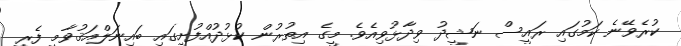
ކުރެވޭނެ ކަމުގައި ރައީސް ނަޝީދު ވިދާޅުވިއެވެ. މީގެ އިތުރުން ކުޅުދުއްފުށީގައި ބައިނަލްއަޤުވާމީ ފެރީ